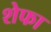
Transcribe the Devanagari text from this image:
शेफा